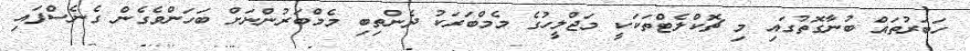
ހަބަރުތައް ބުނާގޮތުގައި މި ޗޮކްލެޓްތަކަކީ މަޖްލީހުގެ މެމްބަރަކު ދެންތިބި މެމްބަރުންނަށް ބަހަންވެގެން ގެނެސްފައި